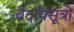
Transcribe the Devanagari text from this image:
वेदांगसूत्रों